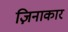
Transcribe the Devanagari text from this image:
ज़िनाकार